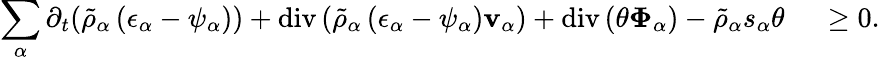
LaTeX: \begin{array}{rl}{\displaystyle\sum_{\alpha}\partial_{t}(\tilde{\rho}_{\alpha}\left(\epsilon_{\alpha}-\psi_{\alpha}\right))+\mathrm{div}\left(\tilde{\rho}_{\alpha}\left(\epsilon_{\alpha}-\psi_{\alpha}\right)\mathbf{v}_{\alpha}\right)+\mathrm{div}\left(\theta\boldsymbol{\Phi}_{\alpha}\right)-\tilde{\rho}_{\alpha}s_{\alpha}\theta}&{{}~\geq 0.}\end{array}